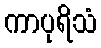
ကာပုရိသံ